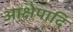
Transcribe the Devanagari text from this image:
आक्षेपादि